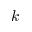
\boldsymbol { k }